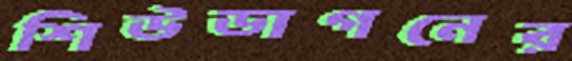
শিউডাগনের